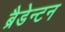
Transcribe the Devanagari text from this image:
ब्रैडेन्टन